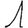
Digit: 1